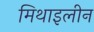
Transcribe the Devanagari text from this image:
मिथाइलीन